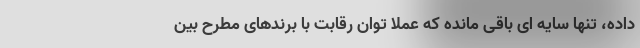
داده، تنها سایه ای باقی مانده که عملا توان رقابت با برندهای مطرح بین